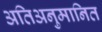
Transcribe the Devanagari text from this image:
अतिअनुमानित